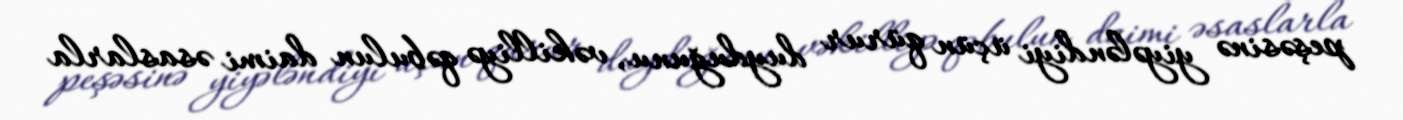
peşəsinə yiyələndiyi üçün qürur duyduğunu, vəkilliyə qəbulun daimi əsaslarla